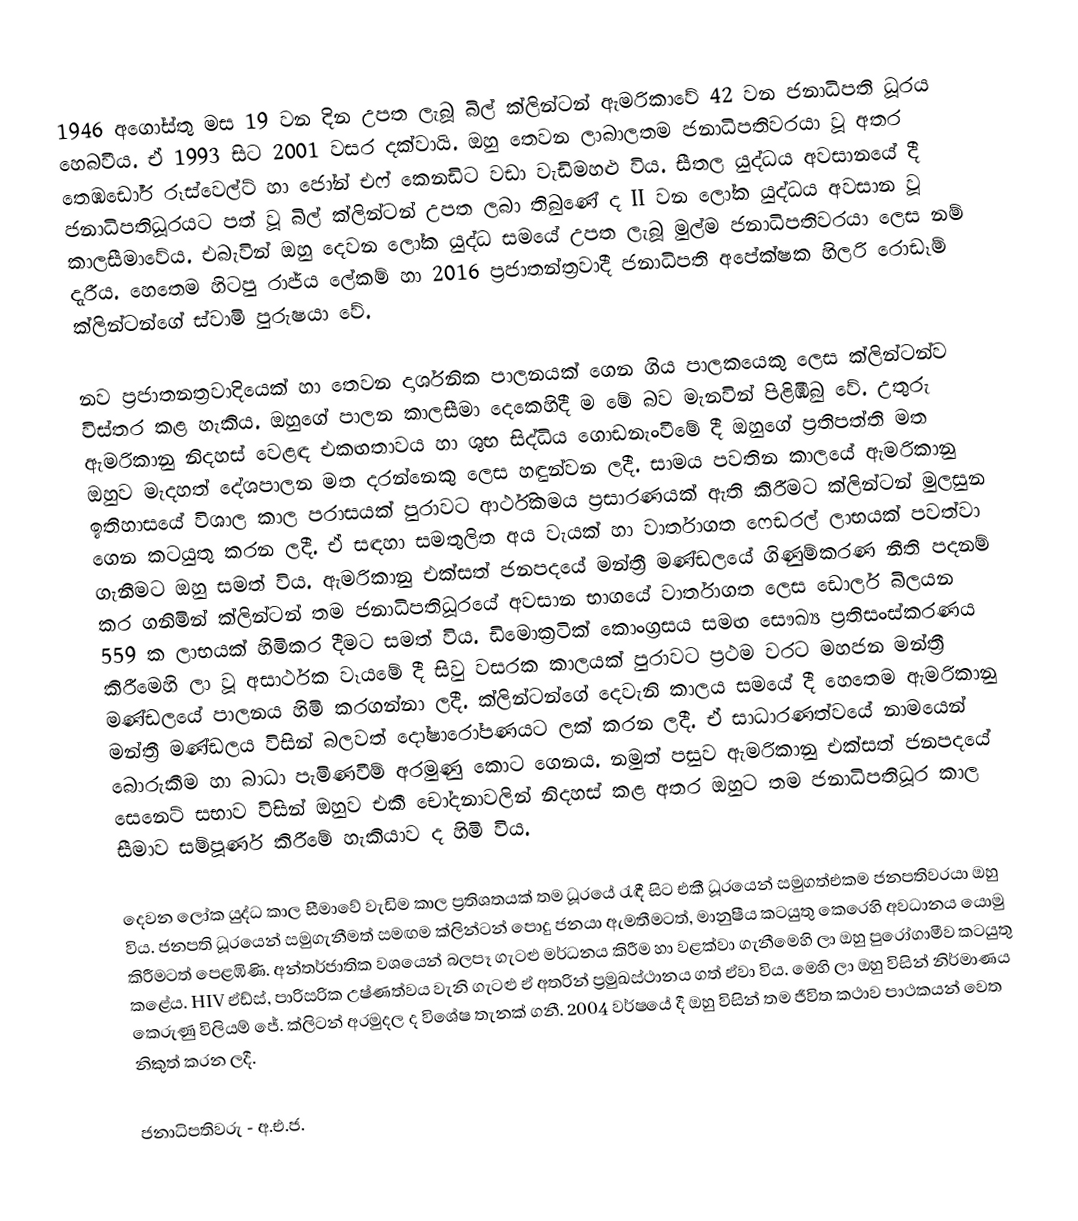
1946 අගෝස්තු මස 19 වන දින උපත ලැබූ බිල් ක්ලින්ටන් ඇමරිකාවේ 42 වන ජනාධිපති ධූරය හෙබවීය. ඒ 1993 සිට 2001 වසර දක්වායි. ඔහු තෙවන ලාබාලතම ජනාධිපතිවරයා වූ අතර තෙඹඩෝර් රූස්වෙල්ට් හා ජෝන් එෆ් කෙනඩිට වඩා වැඩිමහළු විය. සීතල යුද්ධය අවසානයේ දී ජනාධිපතිධූරයට පත් වූ බිල් ක්ලින්ටන් උපත ලබා තිබුණේ ද II වන ලෝක යුද්ධය අවසාන වූ කාලසීමාවේය. එබැවින් ඔහු දෙවන ලෝක යුද්ධ සමයේ උපත ලැබූ මුල්ම ජනාධිපතිවරයා ලෙස නම් දැරීය. හෙතෙම හිටපු රාජ්ය ලේකම්  හා 2016 ප්‍රජාතන්ත්‍රවාදී ජනාධිපති අපේක්ෂක හිලරි රොඩෑම් ක්ලින්ටන්ගේ ස්වාමි පුරුෂයා වේ.

නව ප්‍රජාතනත්‍රවාදියෙක් හා තෙවන දාර්ශනික පාලනයක් ගෙන ගිය පාලකයෙකු ලෙස ක්ලින්ටන්ව විස්තර කළ හැකිය. ඔහුගේ පාලන කාලසීමා දෙකෙහිදී ම මේ බව මැනවින් පිළිඹිබු වේ. උතුරු ඇමරිකානු නිදහස් වෙළඳ එකඟතාවය හා ශුභ සිද්ධිය ගොඩනැංවීමේ දී ඔහුගේ ප්‍රතිපත්ති මත ඔහුව මැදහත් දේශපාලන මත දරන්නෙකු ලෙස හඳුන්වන ලදී. සාමය පවතින කාලයේ ඇමරිකානු ඉතිහාසයේ විශාල කාල පරාසයක් පුරාවට ආර්ථිකමය ප්‍රසාරණයක් ඇති කිරීමට ක්ලින්ටන් මුලසුන ගෙන කටයුතු කරන ලදී. ඒ සඳහා සමතුලිත අය වැයක් හා වාර්තාගත ෆෙඩරල් ලාභයක් පවත්වා ගැනීමට ඔහු සමත් විය. ඇමරිකානු එක්සත් ජනපදයේ මන්ත්‍රී මණ්ඩලයේ ගිණුම්කරණ නීති පදනම් කර ගනිමින් ක්ලින්ටන් තම ජනාධිපතිධූරයේ අවසාන භාගයේ වාර්තාගත ලෙස ඩොලර් බිලයන 559 ක ලාභයක් හිමිකර දීමට සමත් විය. ඩිමොක්‍රටික් කොංග්‍රසය සමඟ සෞඛ්‍ය ප්‍රතිසංස්කරණය කිරීමෙහි ලා වූ අසාර්ථක වෑයමේ දී සිවු වසරක කාලයක් පුරාවට ප්‍රථම වරට මහජන මන්ත්‍රී මණ්ඩලයේ පාලනය හිමි කරගන්නා ලදී. ක්ලින්ටන්ගේ දෙවැනි කාලය සමයේ දී හෙතෙම ඇමරිකානු මන්ත්‍රී මණ්ඩලය විසින් බලවත් දෝෂාරෝපණයට ලක් කරන ලදී. ඒ සාධාරණත්වයේ නාමයෙන් බොරුකීම හා බාධා පැමිණවීම් අරමුණු කොට ගෙනය. නමුත් පසුව ඇමරිකානු එක්සත් ජනපදයේ සෙනෙට් සභාව විසින් ඔහුව එකී චෝදනාවලින් නිදහස් කළ අතර ඔහුට තම ජනාධිපතිධූර කාල සීමාව සම්පූර්ණ කිරීමේ හැකියාව ද හිමි විය.

දෙවන ලෝක යුද්ධ කාල සීමාවේ වැඩිම කාල ප්‍රතිශතයක් තම ධූරයේ රැඳී සිට එකී ධූරයෙන් සමුගත්එකම ජනපතිවරයා ඔහු විය. ජනපති ධූරයෙන් සමුගැනීමත් සමඟම ක්ලින්ටන් පොදු ජනයා ඇමතීමටත්, මානුෂීය කටයුතු කෙරෙහි අවධානය යොමු කිරීමටත් පෙළඹිණි. අන්තර්ජාතික වශයෙන් බලපෑ ගැටළු මර්ධනය කිරීම හා වළක්වා ගැනීමෙහි ලා ඔහු පුරෝගාමීව කටයුතු කළේය. HIV ඒඩ්ස්, පාරිසරික උෂ්ණත්වය වැනි ගැටළු ඒ අතරින් ප්‍රමුඛස්ථානය ගත් ඒවා විය. මෙහි ලා ඔහු විසින් නිර්මාණය කෙ‍රුණු විලියම් ජේ. ක්ලිටන් අරමුදල ද විශේෂ තැනක් ගනී. 2004 වර්ෂයේ දී ඔහු විසින් තම ජීවිත කථාව පාථකයන් වෙත නිකුත් කරන ලදී.

ජනාධිපතිවරු - අ.එ.ජ.